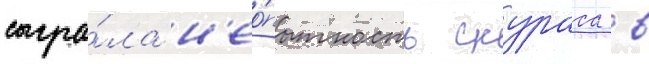
сыгра́ла н'ео́пытность скураса в